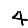
Digit: 4